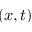
( x , t )